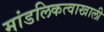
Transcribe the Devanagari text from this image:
मांडलिकत्वाखाली